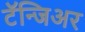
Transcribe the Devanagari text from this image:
टॅन्जिअर